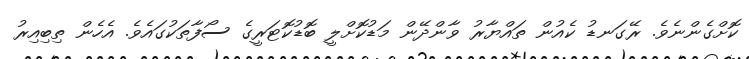
ކޮށްގެންނެވެ. ރޭގަނޑު ކެއުން ތައްޔާރު ވާންދޭން މަޑުކޮށްލީ ބޮޑުކޮޓަރީގެ ސޯފާތަކުގައެވެ. އެހެން ތިބިއިރު